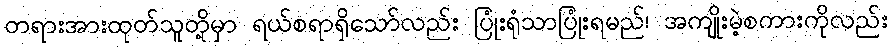
တရားအားထုတ်သူတို့မှာ ရယ်စရာရှိသော်လည်း ပြုံးရုံသာပြုံးရမည်၊ အကျိုးမဲ့စကားကိုလည်း